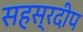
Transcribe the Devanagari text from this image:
सहस्रदीप